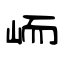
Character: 峏